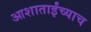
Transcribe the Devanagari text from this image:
आशाताईंच्याच